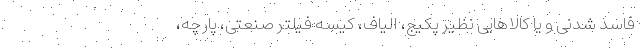
فاسد شدنی و یا کالاهایی نظیر پکیج، الیاف، کیسه فیلتر صنعتی، پارچه،